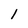
Character: 1